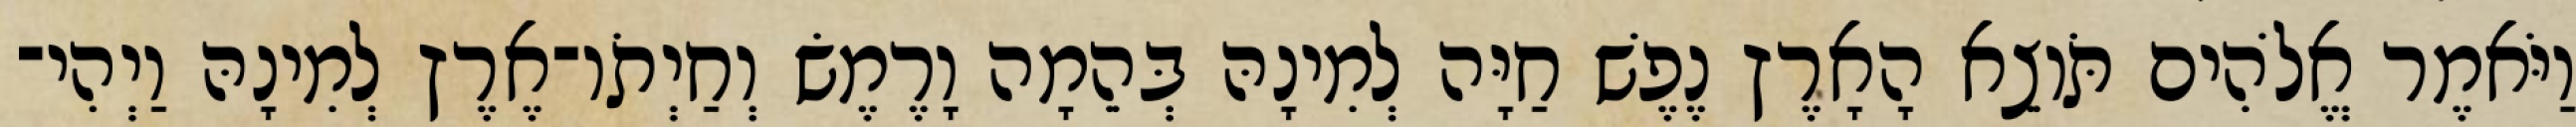
וַיֹּאמֶר אֱלֹהִים תֹּוצֵא הָאָרֶץ נֶפֶשׁ חַיָּה לְמִינָהּ בְּהֵמָה וָרֶמֶשׂ וְחַיְתֹו־אֶרֶץ לְמִינָהּ וַיְהִי־